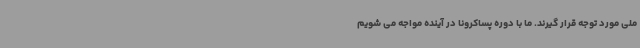
ملی مورد توجه قرار گیرند. ما با دوره پساکرونا در آینده مواجه می شویم